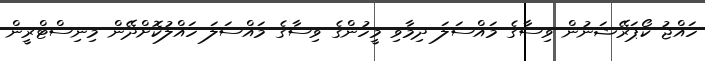
ހައްޖު ކޯޕަރޭޝަނުން ވިސާގެ މައްސަލަ ދިމާވި މީހުންގެ ވިސާގެ މައްސަލަ ހައްލުކޮށްދޭން މިނިސްޓްރީން